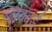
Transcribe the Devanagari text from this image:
ब्लेक्बर्ड